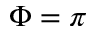
\Phi = \pi